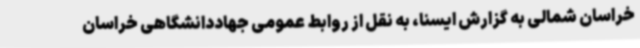
خراسان شمالی به گزارش ایسنا، به نقل از روابط عمومی جهاددانشگاهی خراسان